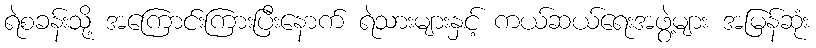
ရဲစခန်းသို့ အကြောင်းကြားပြီးနောက် ရဲသားများနှင့် ကယ်ဆယ်ရေးအဖွဲ့များ အမြန်ဆုံး